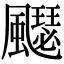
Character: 飋